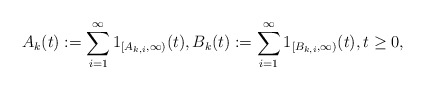
\begin{align*}A_k(t):=\sum_{i=1}^\infty 1_{[A_{k,i},\infty)}(t),B_k(t):=\sum_{i=1}^\infty 1_{[B_{k,i},\infty)}(t),t\geq 0,\end{align*}